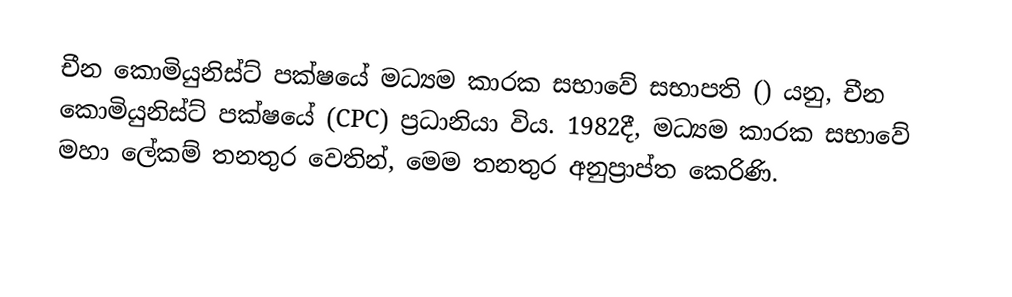
චීන කොමියුනිස්ට් පක්ෂයේ මධ්‍යම කාරක සභාවේ සභාපති () යනු,  චීන කොමියුනිස්ට් පක්ෂයේ (CPC) ප්‍රධානියා විය. 1982දී, මධ්‍යම කාරක සභාවේ මහා ලේකම් තනතුර වෙතින්, මෙම තනතුර අනුප්‍රාප්ත කෙරිණි.